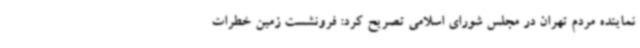
نماینده مردم تهران در مجلس شورای اسلامی تصریح کرد: فرونشست زمین خطرات